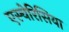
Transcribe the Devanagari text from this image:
एस्चेरिसिया